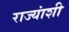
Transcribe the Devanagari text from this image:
राज्‍यांशी